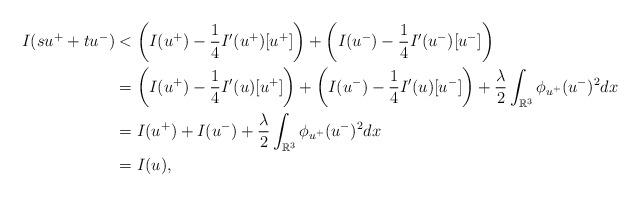
LaTeX: \begin{align*} I(su^++tu^-)&<\left(I(u^+)-\frac{1}{4}I'(u^+)[u^+]\right)+\left(I(u^-)-\frac{1}{4}I'(u^-)[u^-]\right)\\ &=\left(I(u^+)-\frac{1}{4}I'(u)[u^+]\right)+\left(I(u^-)-\frac{1}{4}I'(u)[u^-]\right)+\frac{\lambda}{2}\int_{\mathbb R^3}\phi_{u^+}(u^-)^2dx\\ &=I(u^+)+I(u^-)+\frac{\lambda}{2}\int_{\mathbb R^3}\phi_{u^+}(u^-)^2dx\\ &=I(u), \end{align*}